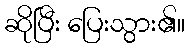
ဆိုပြီး ပြေးသွား၏။